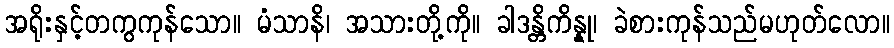
အရိုးနှင့်တကွကုန်သော။ မံသာနိ၊ အသားတို့ကို။ ခါဒန္တိကိန္နု၊ ခဲစားကုန်သည်မဟုတ်လော။